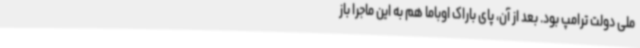
ملی دولت ترامپ بود. بعد از آن، پای باراک اوباما هم به این ماجرا باز